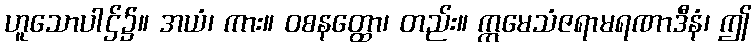
ဟူသောပါဌ်၌။ အယံ၊ ကား။ ဝစနတ္ထော၊ တည်း။ ဣမေသံဇရာမရဏာဒီနံ၊ ဤ